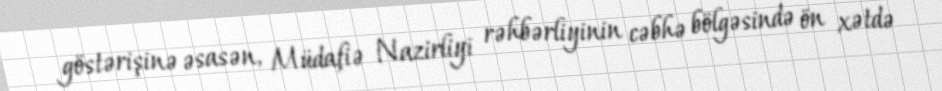
göstərişinə əsasən, Müdafiə Nazirliyi rəhbərliyinin cəbhə bölgəsində ön xətdə